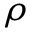
\rho